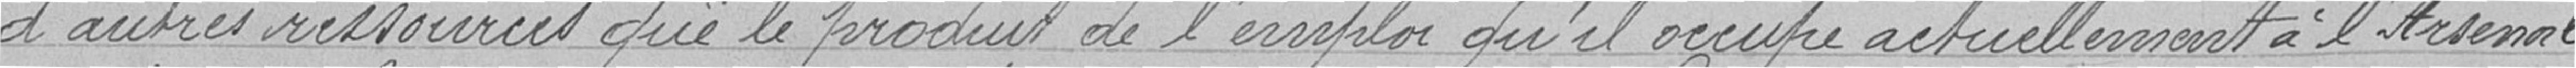
d’autres ressources que le produit de l'emploi qu'il occupe actuellement à l'Arsenal